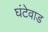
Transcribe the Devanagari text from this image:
घंटेवाड